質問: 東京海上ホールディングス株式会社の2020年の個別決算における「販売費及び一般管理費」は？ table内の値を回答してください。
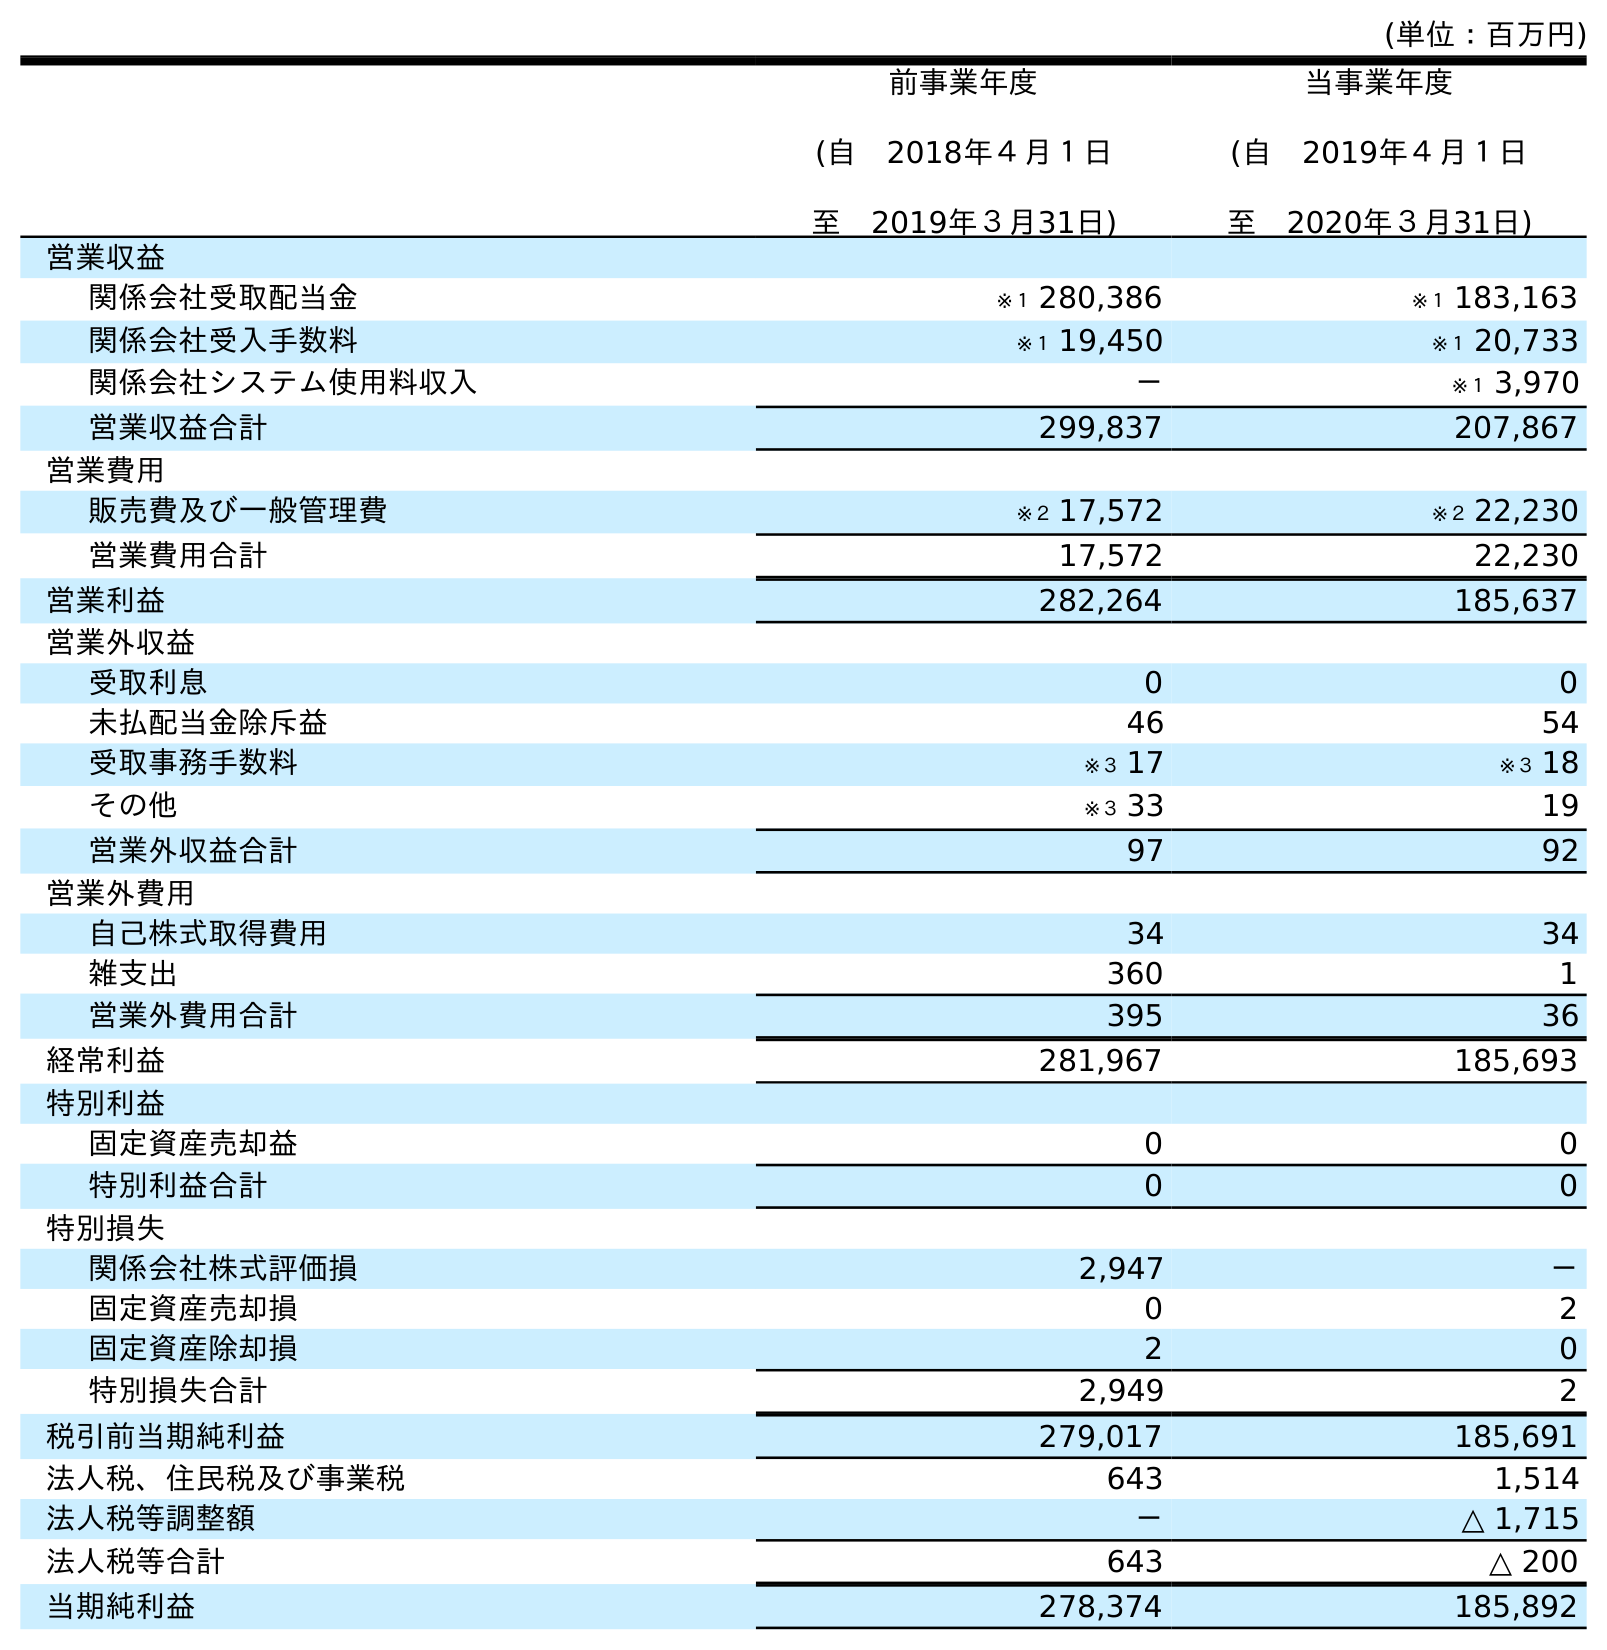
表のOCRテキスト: (単位：百万円) 前事業年度 (自 2018年４月１日 至 2019年３月31日) 当事業年度 (自 2019年４月１日 至 2020年３月31日) 営業収益 関係会社受取配当金 ※１ 280,386 ※１ 183,163 関係会社受入手数料 ※１ 19,450 ※１ 20,733 関係会社システム使用料収入 － ※１ 3,970 営業収益合計 299,837 207,867 営業費用 販売費及び一般管理費 ※２ 17,572 ※２ 22,230 営業費用合計 17,572 22,230 営業利益 282,264 185,637 営業外収益 受取利息 0 0 未払配当金除斥益 46 54 受取事務手数料 ※３ 17 ※３ 18 その他 ※３ 33 19 営業外収益合計 97 92 営業外費用 自己株式取得費用 34 34 雑支出 360 1 営業外費用合計 395 36 経常利益 281,967 185,693 特別利益 固定資産売却益 0 0 特別利益合計 0 0 特別損失 関係会社株式評価損 2,947 － 固定資産売却損 0 2 固定資産除却損 2 0 特別損失合計 2,949 2 税引前当期純利益 279,017 185,691 法人税、住民税及び事業税 643 1,514 法人税等調整額 － △ 1,715 法人税等合計 643 △ 200 当期純利益 278,374 185,892
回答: ※２22,230